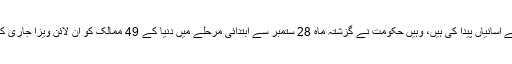
سعودی حکومت نے جہاں سیاحوں کے لیے آسانیاں پیدا کی ہیں، وہیں حکومت نے گزشتہ ماہ 28 ستمبر سے ابتدائی مرحلے میں دنیا کے 49 ممالک کو آن لائن ویزا جاری کرنے کی سہولت بھی متعارف کرائی تھی۔